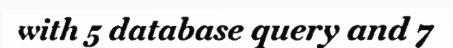
with 5 database query and 7